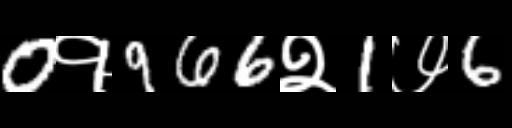
Text: 0१966२1७6